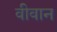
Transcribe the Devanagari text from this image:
वीवान